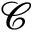
\mathcal { C }